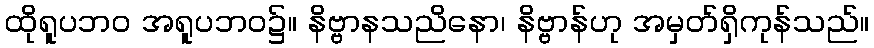
ထိုရူပဘဝ အရူပဘဝ၌။ နိဗ္ဗာနသညိနော၊ နိဗ္ဗာန်ဟု အမှတ်ရှိကုန်သည်။